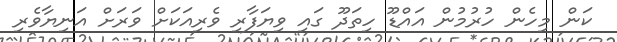
ކަން މިހެން ހުރުމުން އައްޑޫ ހިތަދޫ ގައި ވިޔަފާރި ވެރިއަކަށް ވަރަށް އަނިޔާވެރި